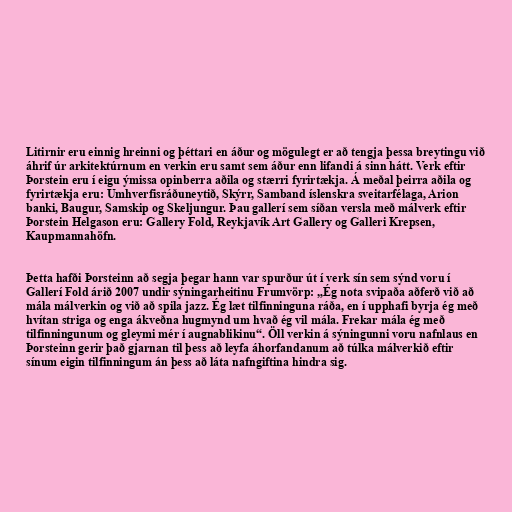
Litirnir eru einnig hreinni og þéttari en áður og mögulegt er að tengja þessa breytingu við
áhrif úr arkitektúrnum en verkin eru samt sem áður enn lifandi á sinn hátt. Verk eftir
Þorstein eru í eigu ýmissa opinberra aðila og stærri fyrirtækja. Á meðal þeirra aðila og
fyrirtækja eru: Umhverfisráðuneytið, Skýrr, Samband íslenskra sveitarfélaga, Arion
banki, Baugur, Samskip og Skeljungur. Þau gallerí sem síðan versla með málverk eftir
Þorstein Helgason eru: Gallery Fold, Reykjavík Art Gallery og Galleri Krepsen,
Kaupmannahöfn.

Þetta hafði Þorsteinn að segja þegar hann var spurður út í verk sín sem sýnd voru í
Gallerí Fold árið 2007 undir sýningarheitinu Frumvörp: „Ég nota svipaða aðferð við að
mála málverkin og við að spila jazz. Ég læt tilfinninguna ráða, en í upphafi byrja ég með
hvítan striga og enga ákveðna hugmynd um hvað ég vil mála. Frekar mála ég með
tilfinningunum og gleymi mér í augnablikinu“. Öll verkin á sýningunni voru nafnlaus en
Þorsteinn gerir það gjarnan til þess að leyfa áhorfandanum að túlka málverkið eftir
sínum eigin tilfinningum án þess að láta nafngiftina hindra sig.